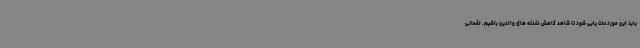
باید این مورد علت یابی شود تا شاهد کاهش دغدغه های والدین باشیم. لقمانی